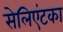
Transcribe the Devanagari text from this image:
सेलिएंटका